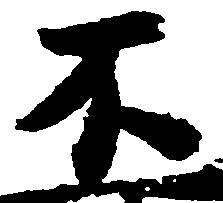
不